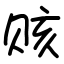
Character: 赅